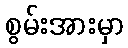
စွမ်းအားမှာ